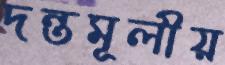
দন্তমূলীয়